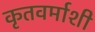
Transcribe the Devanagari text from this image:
कृतवर्माशी